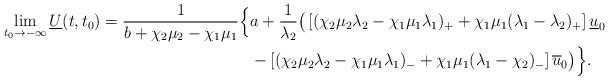
LaTeX: \begin{align*} \lim_{t_0\to-\infty}\underline{U}(t,t_0)=\frac{1}{b+\chi_2\mu_2-\chi_1\mu_1}\Big\{& a+\frac{1}{\lambda_2}\big(\left[(\chi_2\mu_2\lambda_2-\chi_1\mu_1\lambda_1)_{+}+\chi_1\mu_1(\lambda_1-\lambda_2)_{+}\right]\underline{u}_{0} \\ &-\left[(\chi_2\mu_2\lambda_2-\chi_1\mu_1\lambda_1)_{-}+\chi_1\mu_1(\lambda_1-\chi_2)_{-}\right]\overline{u}_0\big)\Big\}.\end{align*}